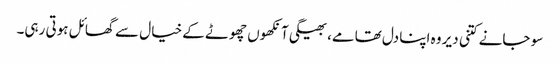
سو جانے کتنی دیر وہ اپنا دل تھامے، بھیگی آنکھوں چھوٹے کے خیال سے گھائل ہوتی رہی۔